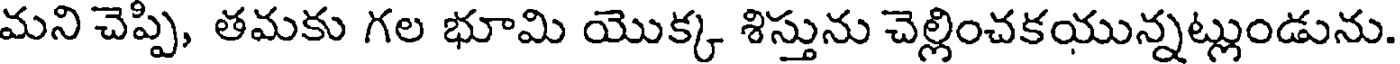
మని చెప్పి, తమకు గల భూమి యొక్క శిస్తును చెల్లించకయున్నట్లుండును.